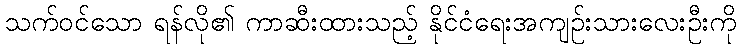
သက်ဝင်သော ရန်လို၏ ကာဆီးထားသည့် နိုင်ငံရေးအကျဉ်းသားလေးဦးကို